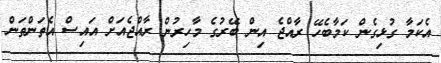
އެކަމާ ގުޅިގެން ކަމާބެހޭ ރާއްޖެ އިން ބޭރުގެ މާހިރުން ރާއްޖެއަށް އައިސް އެތަންތަން